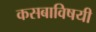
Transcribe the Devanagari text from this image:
कसबाविषयी